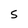
Character: S